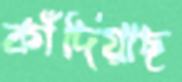
কাঁদিয়াছ